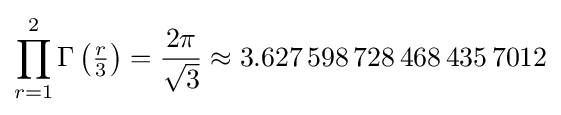
\prod _{r=1}^{2}\Gamma \left({\tfrac {r}{3}}\right)={\frac {2\pi }{\sqrt {3}}}\approx 3.627\,598\,728\,468\,435\,7012